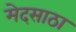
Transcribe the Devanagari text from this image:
मेदसाठा